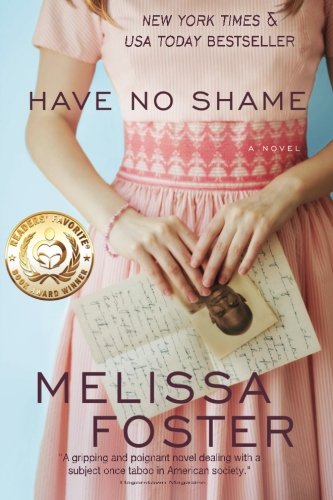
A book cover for Have No Shame; Melissa Foster; Romance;